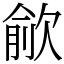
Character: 歈